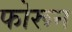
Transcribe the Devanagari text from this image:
फोरून